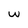
Character: w